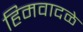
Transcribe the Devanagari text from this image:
हिमवादळे